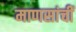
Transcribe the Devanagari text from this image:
माणसांचीं